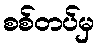
စစ်တပ်မှ